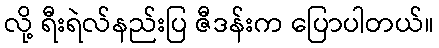
လို့ ရီးရဲလ်နည်းပြ ဇီဒန်းက ပြောပါတယ်။